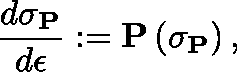
\frac { d \mathbf { \sigma } _ { \mathbf { P } } } { d \epsilon } : = \mathbf { P } \left( \mathbf { \sigma } _ { \mathbf { P } } \right) ,